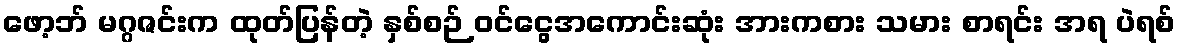
ဖော့ဘ် မဂ္ဂဇင်းက ထုတ်ပြန်တဲ့ နှစ်စဉ် ဝင်ငွေအကောင်းဆုံး အားကစား သမား စာရင်း အရ ပဲရစ်